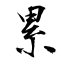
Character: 累